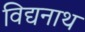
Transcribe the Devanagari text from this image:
विद्यनाथ